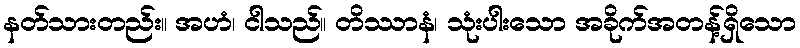
နတ်သားတည်း။ အဟံ၊ ငါသည်။ တိဿာနံ၊ သုံးပါးသော အခိုက်အတန့်ရှိသော